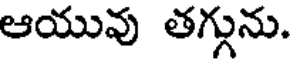
ఆయువు తగ్గును.